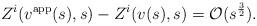
LaTeX: \begin{align*} Z^i(v^\mathrm{app}(s),s)-Z^i(v(s),s) = \mathcal O(s^\frac 32).\end{align*}